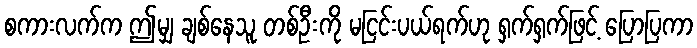
စကားလက်က ဤမျှ ချစ်နေသူ တစ်ဦးကို မငြင်းပယ်ရက်ဟု ရှက်ရှက်ဖြင့် ပြောပြကာ